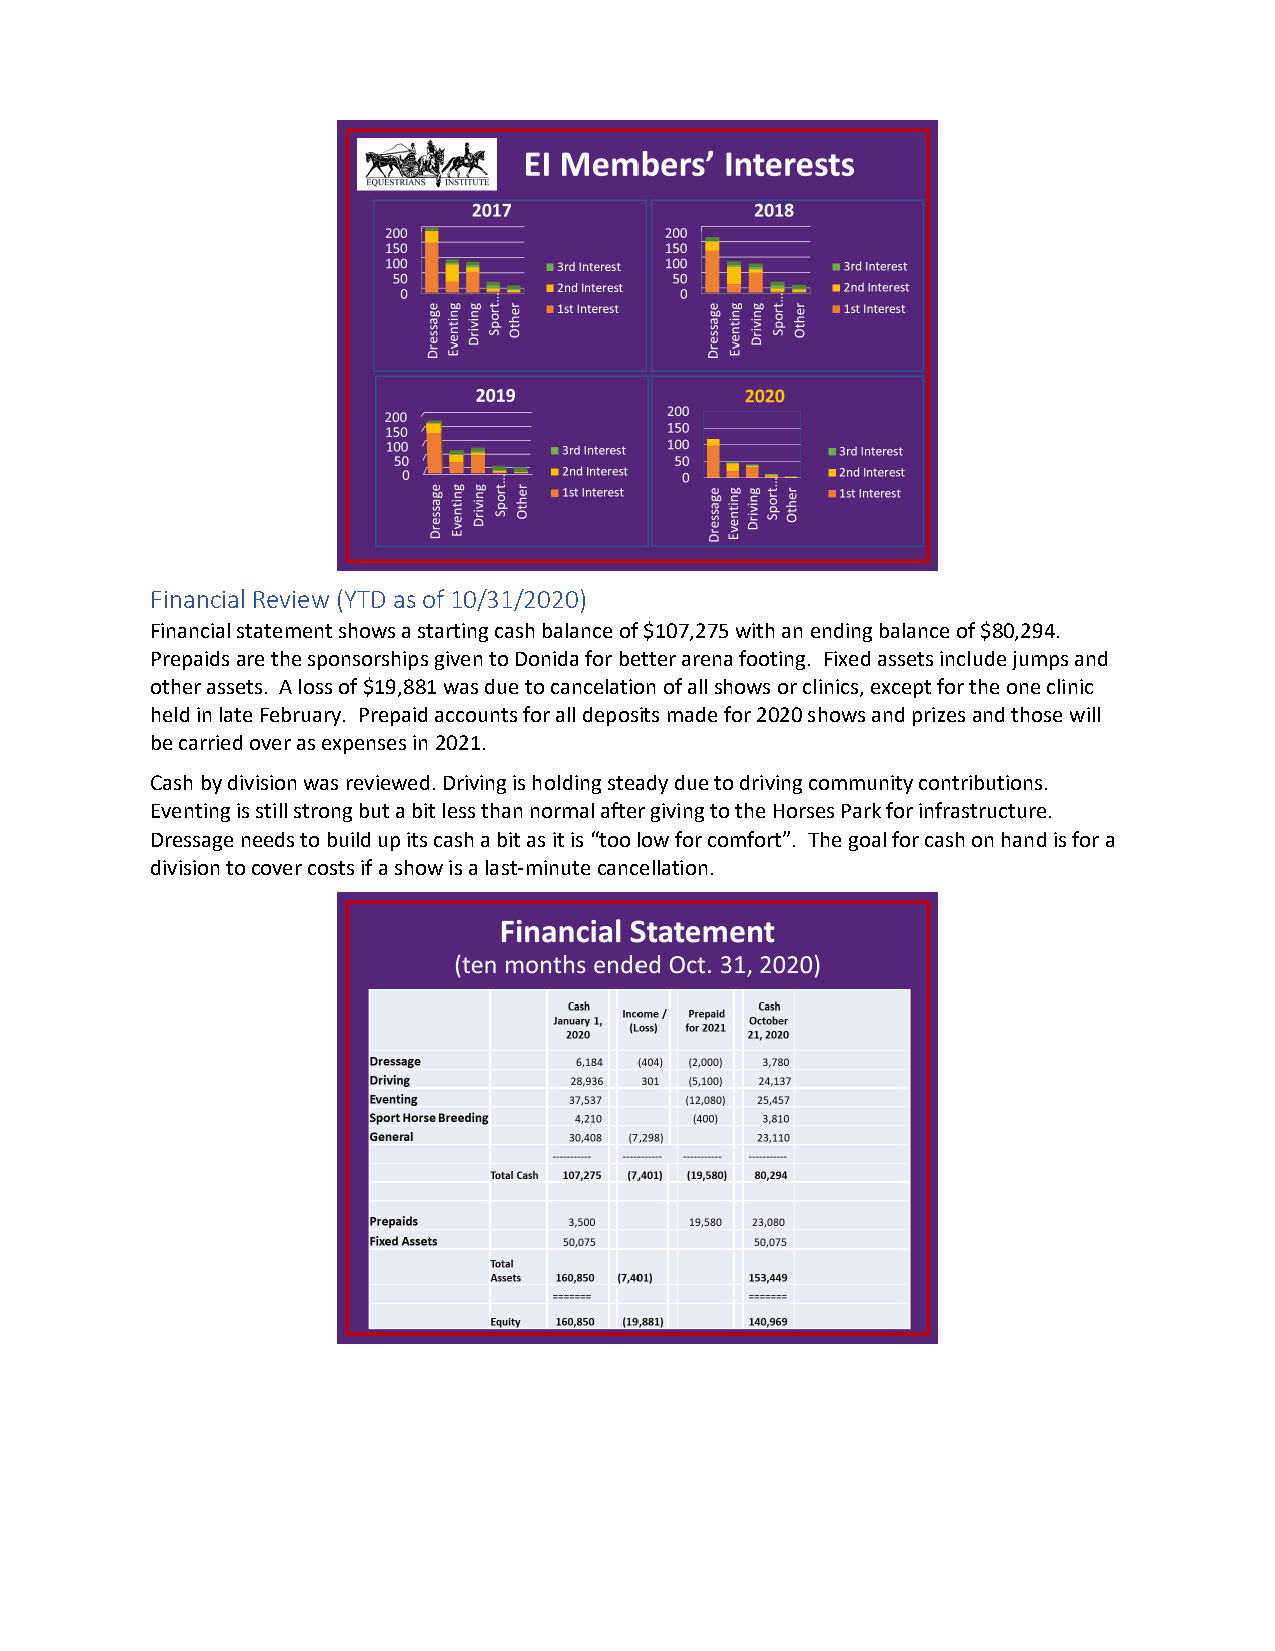
Financial Review (YTD as of 10/31/2020)
 Financial statement shows a starting cash balance of $107,275 with an ending balance of $80,294.
 Prepaids are the sponsorships given to Donida for better arena footing. Fixed assets include jumps and
 other assets. A loss of $19,881 was due to cancelation of all shows or clinics, except for the one clinic
 held in late February. Prepaid accounts for all deposits made for 2020 shows and prizes and those will
 be carried over as expenses in 2021.
 Cash by division was reviewed. Driving is holding steady due to driving community contributions.
 Eventing is still strong but a bit less than normal after giving to the Horses Park for infrastructure.
 Dressage needs to build up its cash a bit as it is “too low for comfort”. The goal for cash on hand is for a
 division to cover costs if a show is a last-minute cancellation.